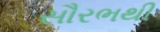
સૌરભથી